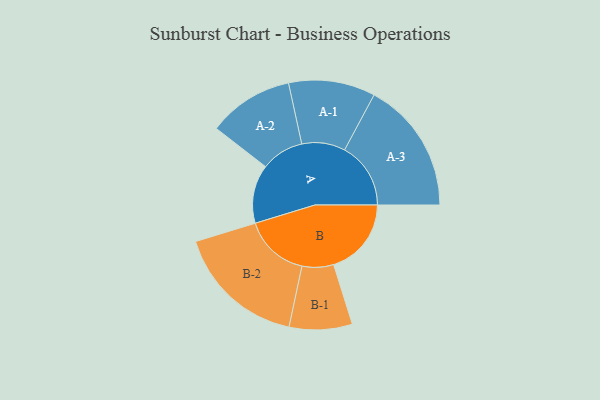
{"axis": {"x": "Segment", "y": "Value"}, "legend": ["", "A", "B"], "data": [{"x": "A", "y": 203, "type": ""}, {"x": "B", "y": 269, "type": ""}, {"x": "A-1", "y": 150, "type": "A"}, {"x": "A-2", "y": 148, "type": "A"}, {"x": "A-3", "y": 229, "type": "A"}, {"x": "B-1", "y": 109, "type": "B"}, {"x": "B-2", "y": 226, "type": "B"}]}